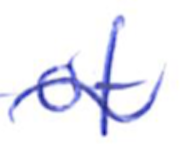
Text: of
Cross-out: wave
Writing tool: ballpoint